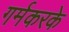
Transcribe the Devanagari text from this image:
गर्मकरके